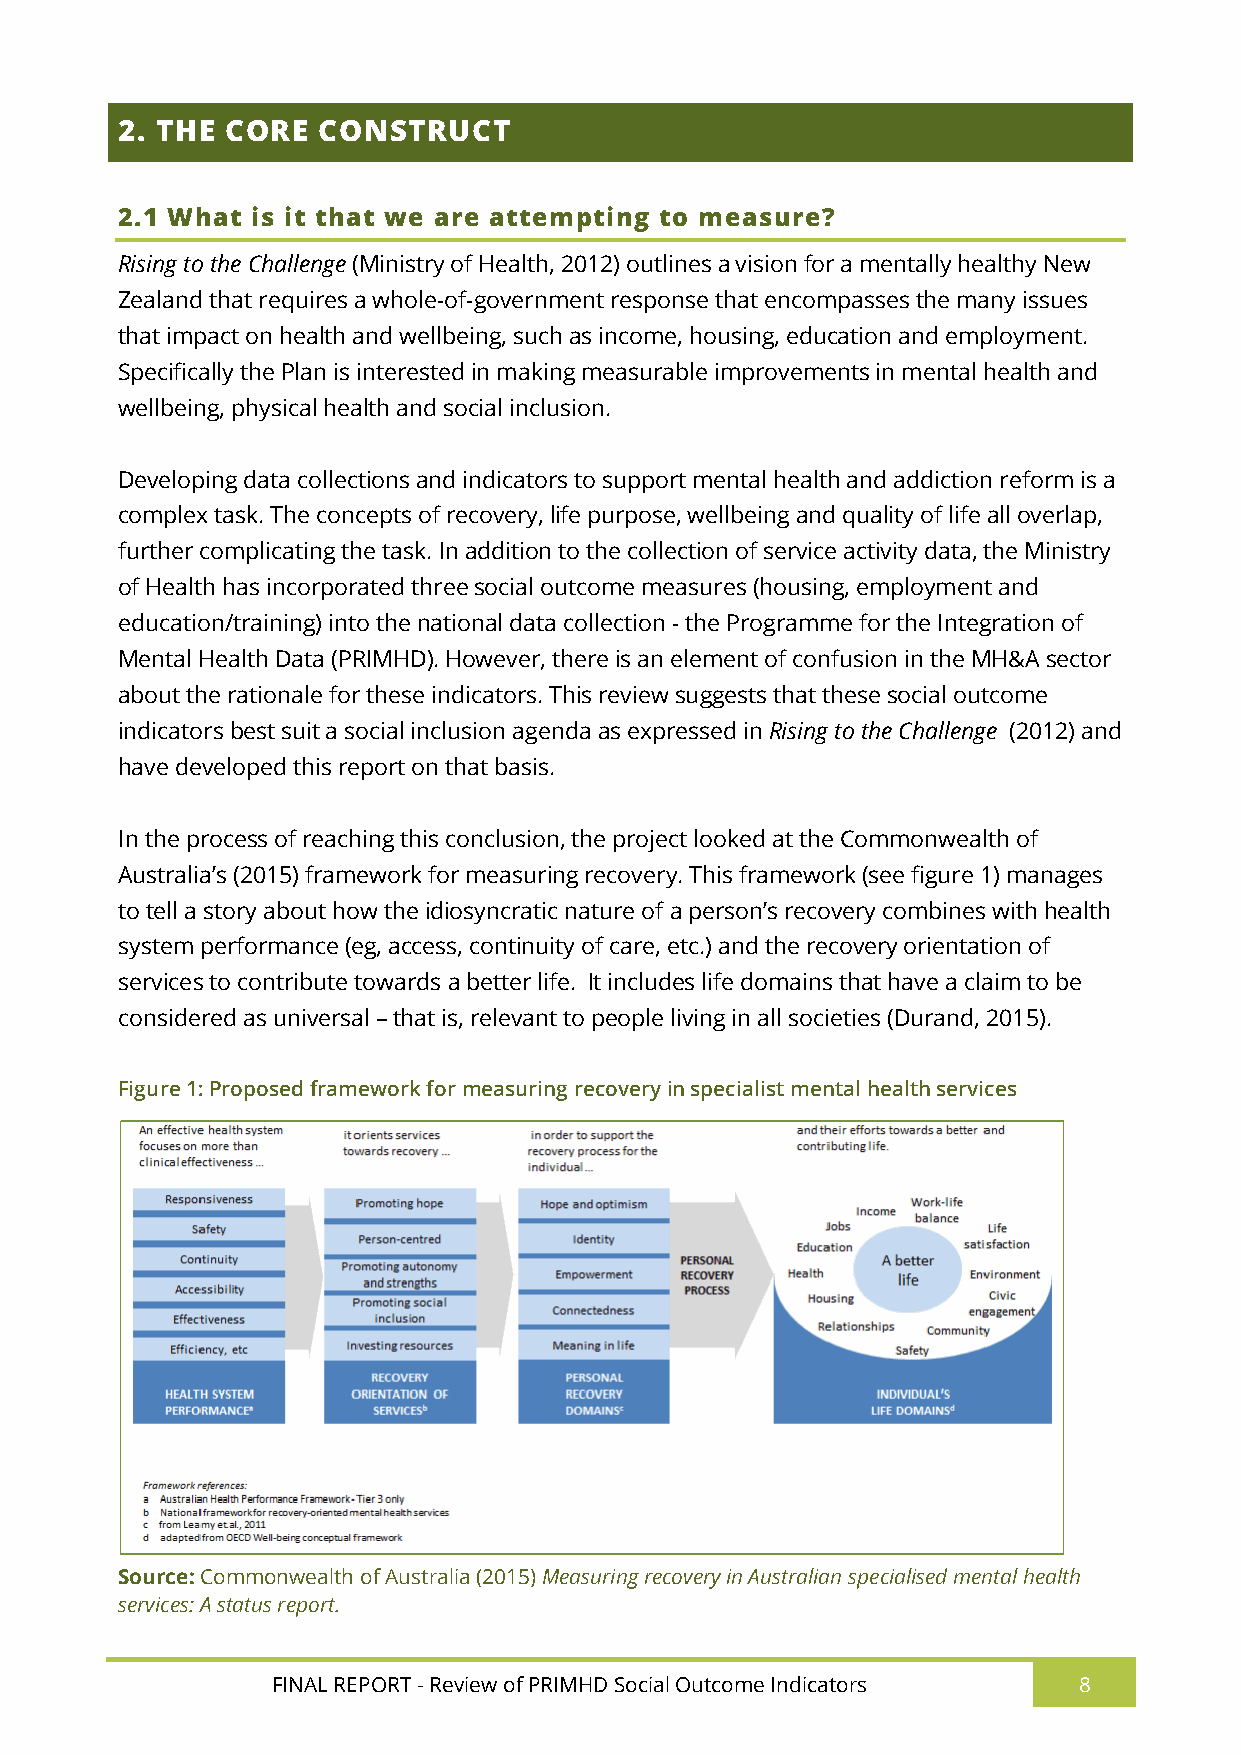
2. THE CORE  CONSTRUCT
 2.1 What is it that we are attempting to measure?
 Rising to the Challenge (Ministry of Health, 2012) outlines a vision for a mentally healthy New
 Zealand that requires a whole-of-government response that encompasses the many issues
 that impact on health and wellbeing, such as income, housing, education and employment.
 Specifically the Plan is interested in making measurable improvements in mental health and
 wellbeing, physical health and social inclusion.
 Developing data collections and indicators to support mental health and addiction reform is a
 complex task. The concepts of recovery, life purpose, wellbeing and quality of life all overlap,
 further complicating the task. In addition to the collection of service activity data, the Ministry
 of Health has incorporated three social outcome measures (housing, employment and
 education/training) into the national data collection - the Programme for the Integration of
 Mental Health Data (PRIMHD). However, there is an element of confusion in the MH&A sector
 about the rationale for these indicators. This review suggests that these social outcome
 indicators best suit a social inclusion agenda as expressed in Rising to the Challenge (2012) and
 have developed this report on that basis.
 In the process of reaching this conclusion, the project looked at the Commonwealth of
 Australia’s (2015) framework for measuring recovery. This framework (see figure 1) manages
 to tell a story about how the idiosyncratic nature of a person’s recovery combines with health
 system performance (eg, access, continuity of care, etc.) and the recovery orientation of
 services to contribute towards a better life. It includes life domains that have a claim to be
 considered as universal – that is, relevant to people living in all societies (Durand, 2015).
 Figure 1: Proposed framework for measuring recovery in specialist mental health services
 Source: Commonwealth of Australia (2015) Measuring recovery in Australian specialised mental health
 services: A status report.
 FINAL REPORT - Review of PRIMHD Social Outcome Indicators 8